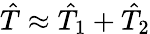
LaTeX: \hat{T}\approx\hat{T}_{1}+\hat{T}_{2}